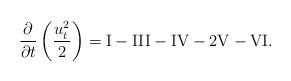
LaTeX: \begin{align*}\frac{\partial}{\partial t}\left(\frac{u_t^2}{2}\right) = {\rm I} - {\rm III} - {\rm IV} - 2 {\rm V} - {\rm VI}.\end{align*}